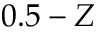
0 . 5 - Z